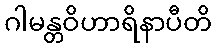
ဂါမန္တဝိဟာရိနာပီတိ